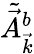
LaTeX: \tilde{\vec{A}}_{\vec{k}}^{b}